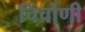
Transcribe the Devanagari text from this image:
चिंचोणी